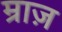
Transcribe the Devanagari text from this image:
म्राज़